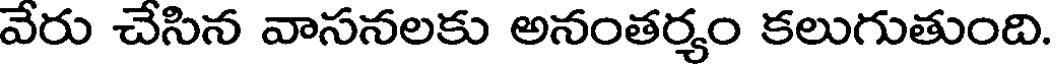
వేరు చేసిన వాసనలకు అనంతర్యం కలుగుతుంది